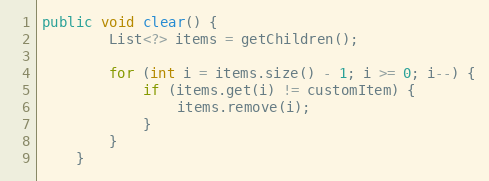
Language: Java
public void clear() {
        List<?> items = getChildren();

        for (int i = items.size() - 1; i >= 0; i--) {
            if (items.get(i) != customItem) {
                items.remove(i);
            }
        }
    }